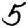
Digit: 5